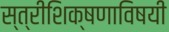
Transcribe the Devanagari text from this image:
स्त्रीशिक्षणाविषयी